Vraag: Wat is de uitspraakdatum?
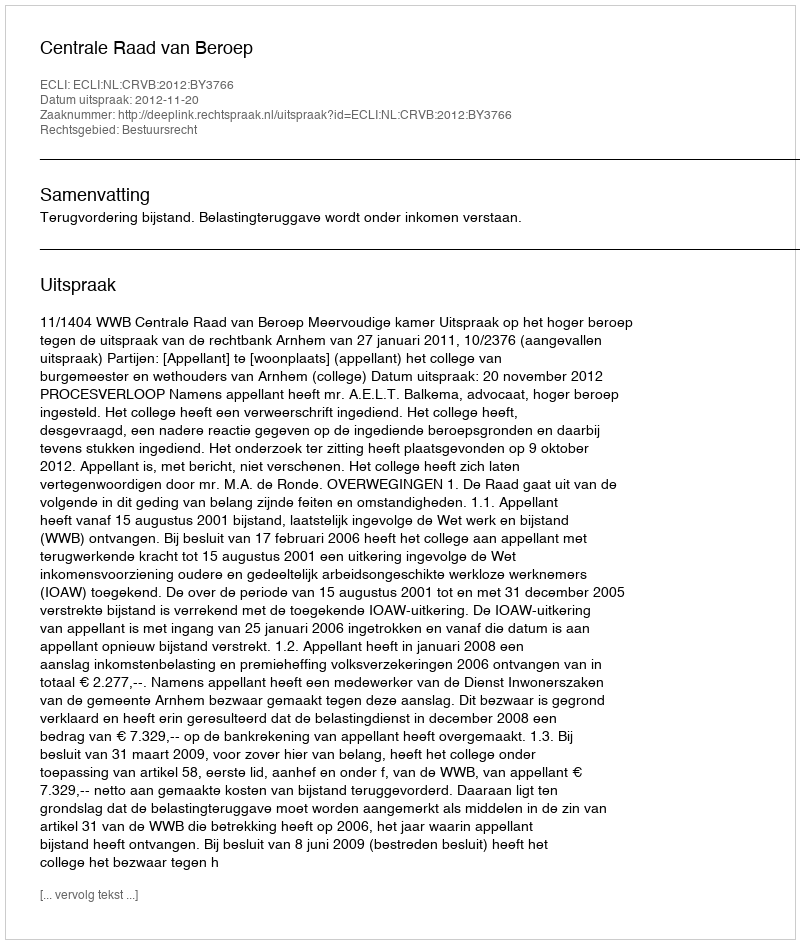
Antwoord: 2012-11-20